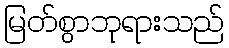
မြတ်စွာဘုရားသည်